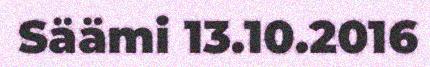
Säämi 13.10.2016